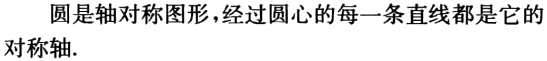
圆是轴对称图形，经过圆心的每一条直线都是它的对称轴.